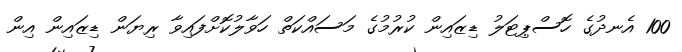
100 އެނދުގެ ހޮސްޕިޓަލު ޑިޒައިން ކުރުމުގެ މަސައްކަތް ހަވާލުކޮށްފައިވާ ރިޔަން ޑިޒައިން އިން